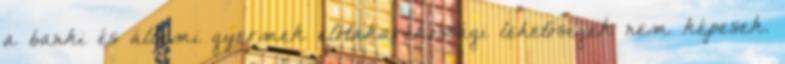
a banki és állami gyermek előtakarékossági lehetőségek nem képesek.